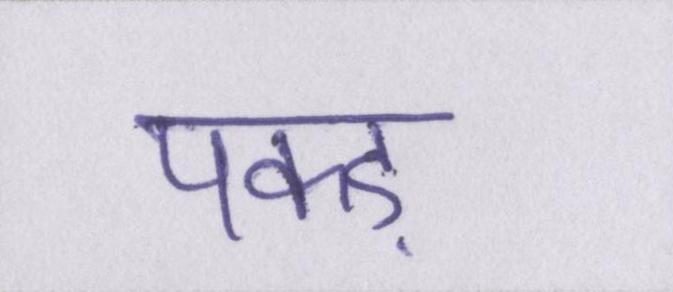
पकड़